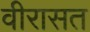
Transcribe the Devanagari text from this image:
वीरासत